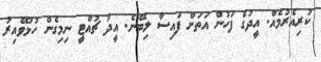
ކުރިއެރުމެއް. އީދުގެ ފަހުން އަތަށް ފައިސާ ލިބޭނެ. އީދު ޗުއްޓީ ނިމިގެން ހުޅުވޭއިރު